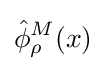
{\hat {\phi }}_{\rho }^{M}(x)